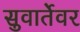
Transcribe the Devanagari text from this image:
सुवार्तेवर